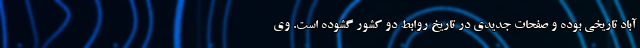
آباد تاریخی بوده و صفحات جدیدی در تاریخ روابط دو کشور گشوده است. وی